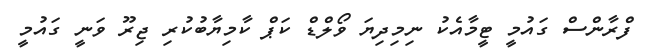
ފްރާންސް ގައުމީ ޓީމާއެކު ނިމިދިޔަ ވޯލްޑް ކަޕް ކާމިޔާބުކުރި ޖިރޫ ވަނީ ގައުމީ